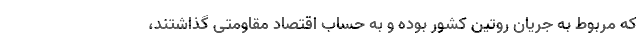
که مربوط به جریان روتین کشور بوده و به حساب اقتصاد مقاومتی گذاشتند،